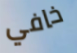
خافي